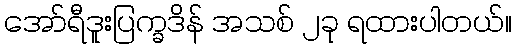
အော်ရီဒူးပြက္ခဒိန် အသစ် ၂ခု ရထားပါတယ်။